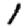
Digit: 1